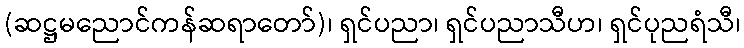
(ဆဋ္ဌမညောင်ကန်ဆရာတော်)၊ ရှင်ပညာ၊ ရှင်ပညာသီဟ၊ ရှင်ပုညရံသီ၊